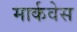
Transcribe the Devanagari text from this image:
मार्कवेस